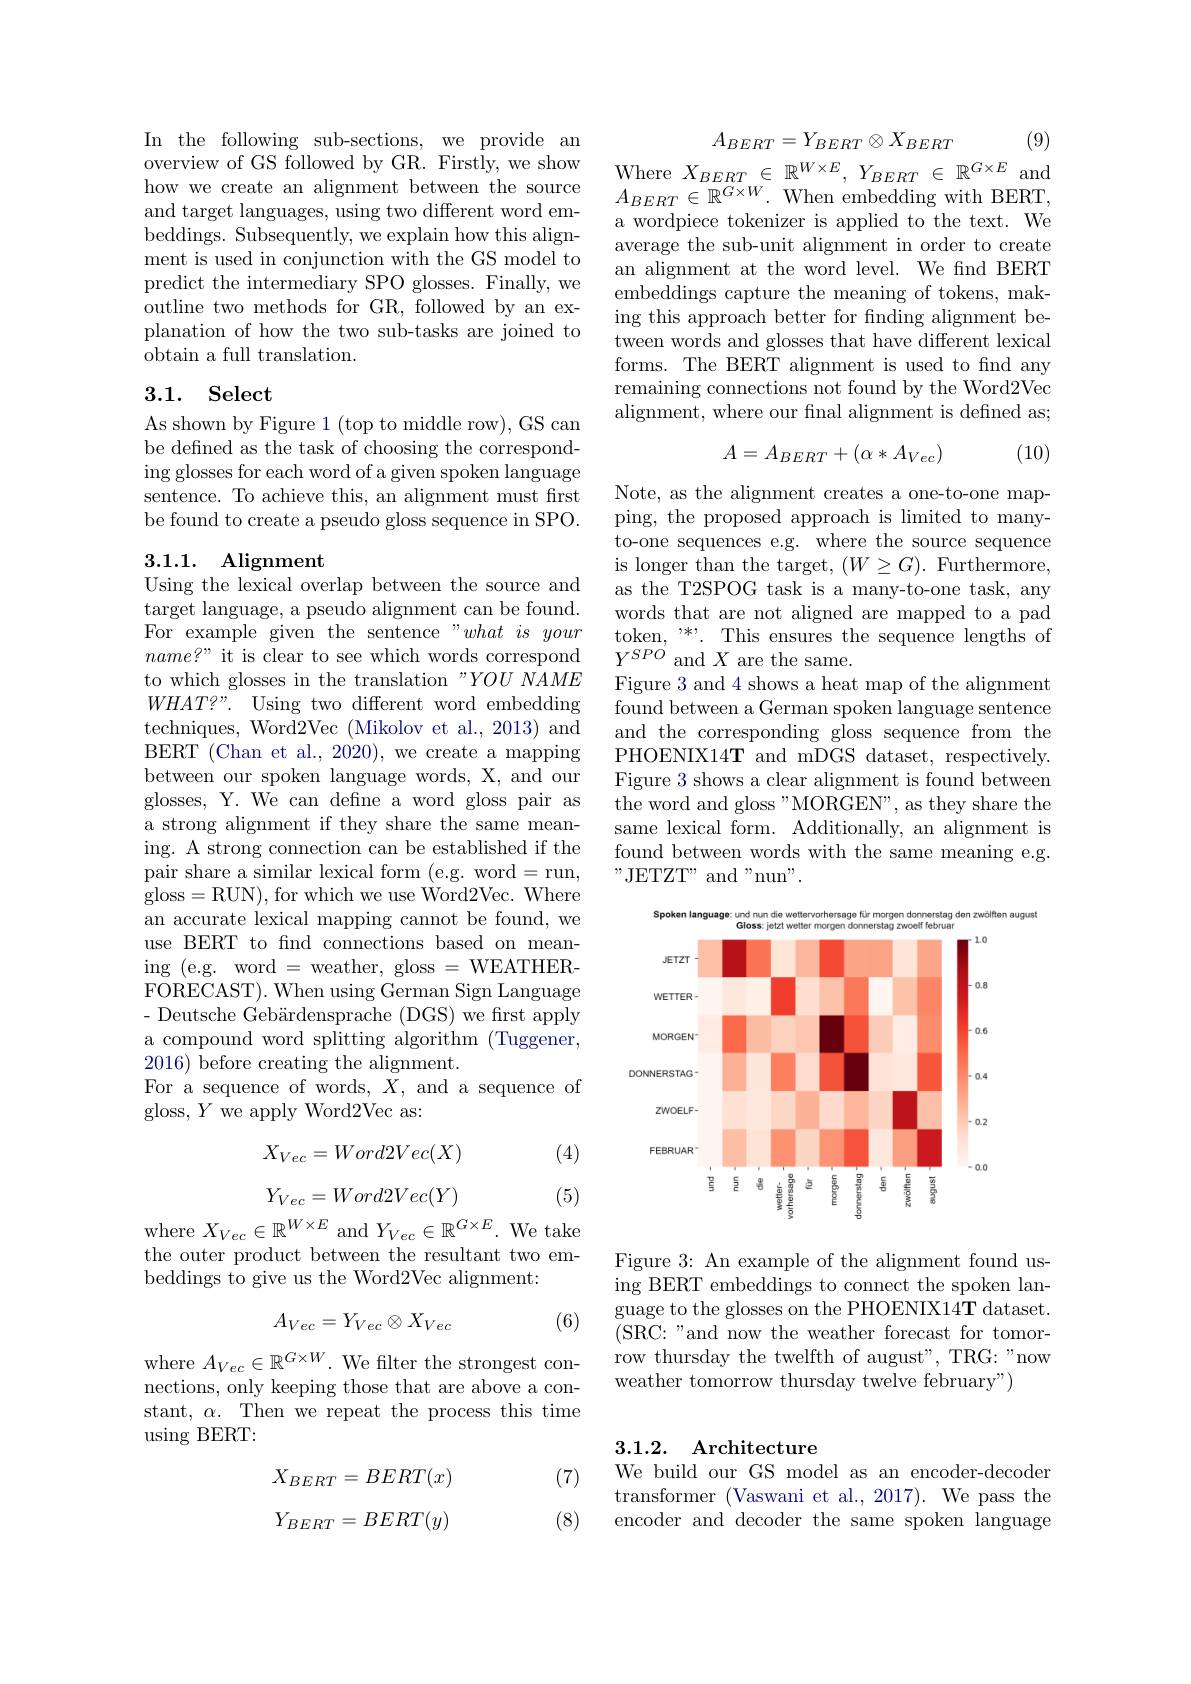
In the following sub-sections, we provide an overview of GS followed by GR. Firstly, we show how we create an alignment between the source and target languages, using two different word embeddings. Subsequently, we explain how this alignment is used in conjunction with the GS model to predict the intermediary SPO glosses. Finally, we outline two methods for GR, followed by an explanation of how the two sub-tasks are joined to obtain a full translation.

## 3.1. Select

As shown by Figure 1 (top to middle row), GS can be defined as the task of choosing the correspond- $\operatorname{ing}$ glosses for each word of a given spoken language sentence. To achieve this, an alignment must frst be found to create a pseudo gloss sequence in SPO.

### 3.1.1. Alignment
Using the lexical overlap between the source and

target language, a pseudo alignment can be found. For example given the sentence "what is your $name?”$it is clear to see which words correspond to which glosses in the translation "YOU NAME $WHAT?”.$ Using two different word embedding techniques, Word2Vec (Mikolov et al., 2013) and BERT (Chan et al., 2020), we create a mapping between our spoken language words, X, and our glosses, Y. We can define a word gloss pair as a strong alignment if they share the same meaning. A strong connection can be established if the pair share a similar lexical form (e.g. word=run, gloss=RUN),for which we use Word2Vec. Where an accurate lexical mapping cannot be found, we use BERT to find connections based on meaning (e.g. word = weather, gloss = WEATHER- $\bar{\mathrm{FORECAST}}).$ When using German Sign Language - Deutsche Gebärdensprache (DGS) we first apply a compound word splitting algorithm (Tuggener, 2016) before creating the alignment.
For a sequence of words, $\bar{X}$, and a sequence of
gloss, $Y$ we apply Word2Vec as:

(4)
$$X_{Vec}=Word2Vec(X)$$
$$Y_{Vec}=Word2Vec(Y)$$
(5)
where $X_Vec\in\mathbb{R}^{W\times E}$ and $Y_Vec\in\mathbb{R}^{G\times E}.$ We take

the outer product between the resultant two em-
beddings to give us the Word2Vec alignment:

(6)
$$A_{Vec}=Y_{Vec}\otimes X_{Vec}$$
where $A_Vec\in\mathbb{R}^{G\times W}.$ We flter the strongest connections, only keeping those that are above a constant, $\alpha.$ Then we repeat the process this time using BERT:

(7)
$$\begin{array}{c}X_{BERT}=BERT(x)\\\\Y_{BERT}=BERT(y)\end{array}$$
(8)

(9)
Where $X_BERT\in\mathbb{R}^{W\times E},Y_{BERT}\in\mathbb{R}^{G\times E}$ and
$$A_{BERT}=Y_{BERT}\otimes X_{BERT}$$
a wordpiece tokenizer is applied to the text. We average the sub-unit alignment in order to create an alignment at the word level. We fnd BERT embeddings capture the meaning of tokens, making this approach better for fnding alignment between words and glosses that have different lexical forms. The BERT alignment is used to find any remaining connections not found by the Word2Vec alignment, where our final alignment is defined as;
$$A=A_{BERT}+(\alpha*A_{Vec})$$
(10)

Note, as the alignment creates a one-to-one mapping, the proposed approach is limited to manyto-one sequences e.g. where the source sequence is longer than the target, $(W\geq G).$ Furthermore, as the T2SPOG task is a many-to-one task, any words that are not aligned are mapped to a pad token, $^{,*,}$. This ensures the sequence lengths of $Y^{SPO^{\prime}}$and$X$are the same.
Figure 3 and 4 shows a heat map of the alignment found between a German spoken language sentence and the corresponding gloss sequence from the PHOENIX14T and mDGS dataset, respectively. Figure 3 shows a clear alignment is found between the word and gloss"MORGEN", as they share the same lexical form. Additionally, an alignment is found between words with the same meaning e.g. " JETZT" and " nun" .

<FigureHere>

Figure 3: An example of the alignment found using BERT embeddings to connect the spoken language to the glosses on the PHOENIX14T dataset. (SRC:"and now the weather forecast for tomorrow thursday the twelfth of august", TRG: "now weather tomorrow thursday twelve february")

3.1.2. Architecture
We build our GS model as an encoder-decoder

transformer (Vaswani et al., 2017). We pass the encoder and decoder the same spoken language